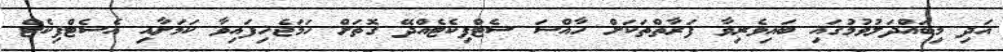
އަދި މިބައްދަލުވުމުގައި ބައިވެރިވާ ފަރާތްތަކަށް ހާއްސަ ސެޓްފިކެޓެއްދޭ ގޮތަށް ހަމަޖެހިފައިވާ ކަމަށާއި އެސެޓްފިކެޓް